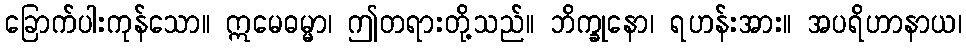
ခြောက်ပါးကုန်သော။ ဣမေဓမ္မာ၊ ဤတရားတို့သည်။ ဘိက္ခုနော၊ ရဟန်းအား။ အပရိဟာနာယ၊